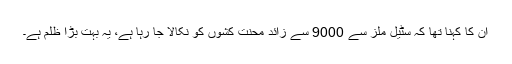
ان کا کہنا تھا کہ سٹیل ملز سے 9000 سے زائد محنت کشوں کو نکالا جا رہا ہے، یہ بہت بڑا ظلم ہے۔